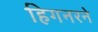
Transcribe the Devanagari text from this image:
हिगनरने